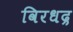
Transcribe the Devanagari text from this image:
विरधद्र